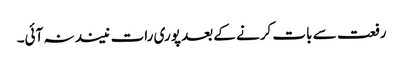
رفعت سے بات کرنے کے بعد پوری رات نیند نہ آئی۔